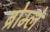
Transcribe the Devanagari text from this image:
ब्रोम्ले